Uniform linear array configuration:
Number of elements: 64
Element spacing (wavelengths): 0.25
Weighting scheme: exponential
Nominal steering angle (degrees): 60
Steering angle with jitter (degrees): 61.901
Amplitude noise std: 0.05
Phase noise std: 0.05

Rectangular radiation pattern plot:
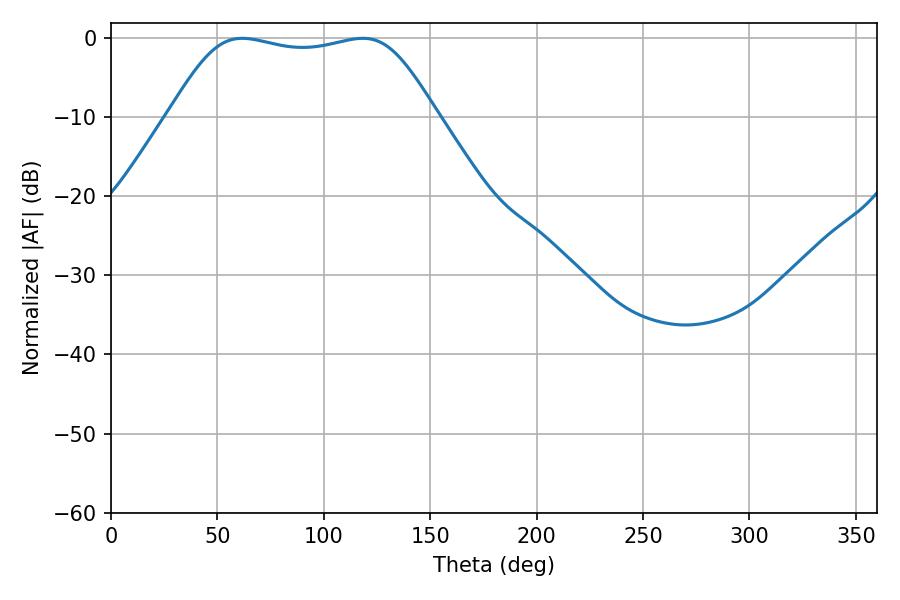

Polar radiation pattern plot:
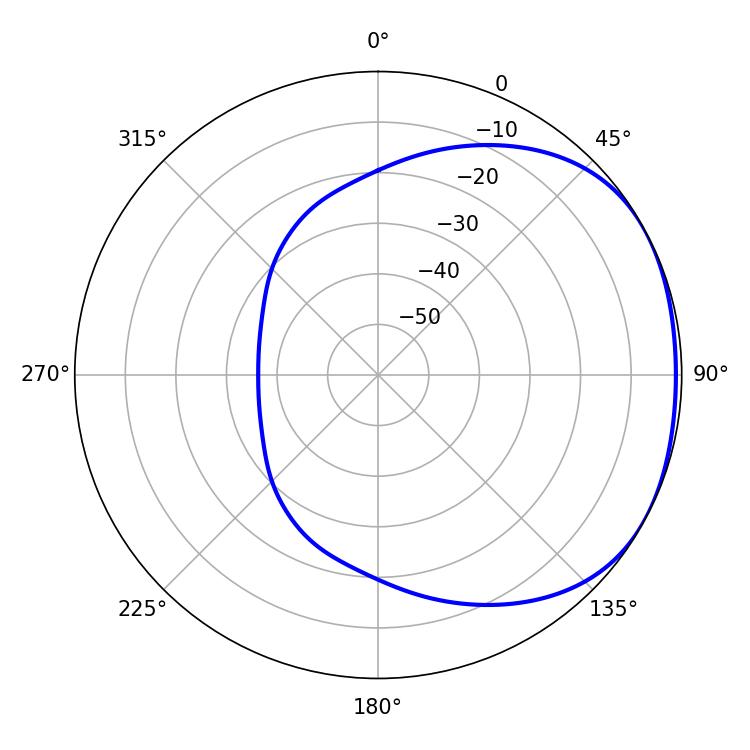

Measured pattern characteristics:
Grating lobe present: FALSE
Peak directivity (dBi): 1.673
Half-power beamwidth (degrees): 95.04
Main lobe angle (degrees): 61.74